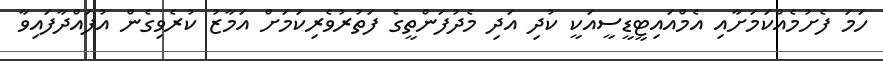
ހަމަ ފެށުމެއްކަމަށާއި އެމްއައިޓީޑީސީއަކީ ކުދި އަދި މެދުފަންތީގެ ފަތުރުވެރިކަމަށް އަމާޒު ކުރެވިގެން އުފައްދާފައިވާ